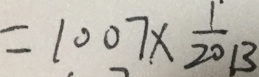
= 1 0 0 7 \times \frac { 1 } { 2 0 1 3 }